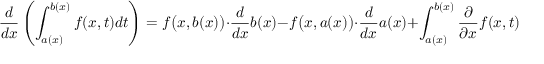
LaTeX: { \frac { d } { d x } } \left( \int _ { a ( x ) } ^ { b ( x ) } f ( x , t ) d t \right) = f { \big ( } x , b ( x ) { \big ) } \cdot { \frac { d } { d x } } b ( x ) - f { \big ( } x , a ( x ) { \big ) } \cdot { \frac { d } { d x } } a ( x ) + \int _ { a ( x ) } ^ { b ( x ) } { \frac { \partial } { \partial x } } f ( x , t ) d t